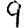
Digit: 9